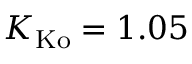
K _ { \mathrm { K o } } = 1 . 0 5